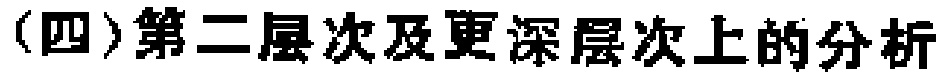
（四）第二层次及更深层次上的分析